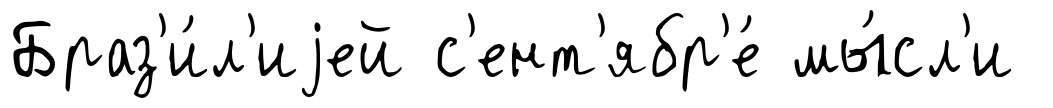
Браз'и́л'иjей с'ент'ябр'е́ мы́сл'и